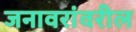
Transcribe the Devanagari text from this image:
जनावरांवरील